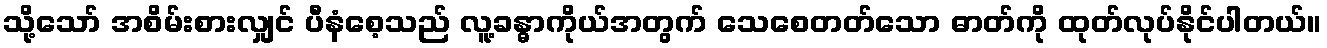
သို့သော် အစိမ်းစားလျှင် ပီနံစေ့သည် လူ့ခန္ဓာကိုယ်အတွက် သေစေတတ်သော ဓာတ်ကို ထုတ်လုပ်နိုင်ပါတယ်။